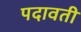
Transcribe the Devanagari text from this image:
पदावती